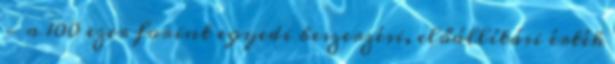
- a 100 ezer forint egyedi beszerzési, előállítási érték